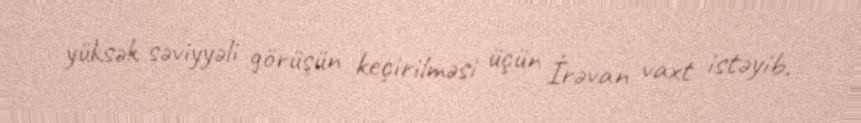
yüksək səviyyəli görüşün keçirilməsi üçün İrəvan vaxt istəyib.